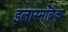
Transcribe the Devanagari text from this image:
इलास्मोब्रैक